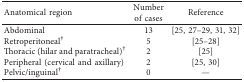
<table><thead><tr><td><b>Anatomical region</b></td><td><b>Number of cases</b></td><td><b>Reference</b></td></tr></thead><tbody><tr><td>Abdominal</td><td>13</td><td>[25, 27–29, 31, 32]</td></tr><tr><td>Retroperitoneal<sup>†</sup></td><td>5</td><td>[25–28]</td></tr><tr><td>Thoracic (hilar and paratracheal)<sup>†</sup></td><td>2</td><td>[25]</td></tr><tr><td>Peripheral (cervical and axillary)</td><td>2</td><td>[25, 30]</td></tr><tr><td>Pelvic/inguinal<sup>†</sup></td><td>0</td><td>—</td></tr></tbody></table>